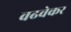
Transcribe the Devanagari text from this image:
वढवेकर